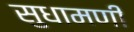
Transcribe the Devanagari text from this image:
सुधामणी